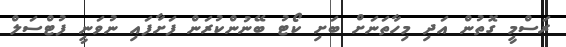
ރަސްމީ ގޮތުން އަދި މިހާތަނަށް ބަށި ކޯޓު ބޭނުންކުރަން ފަށާފައި ނުވަނީ ފުޓްސަލް